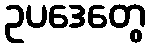
ဥပဒေတွေ